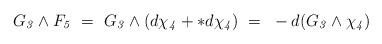
LaTeX: \begin{align*}G_{\it3}\wedge F_{\it5}~=~ G_{\it3}\wedge (d\chi_{\it4} + *d\chi_{\it4})~=~-d(G_{\it3}\wedge \chi_{\it4})\end{align*}